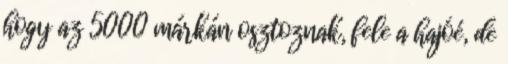
hogy az 5000 márkán osztoznak, fele a hajóé, de